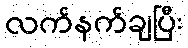
လက်နက်ချပြီး